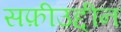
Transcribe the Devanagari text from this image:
सफ़ीउद्दीन